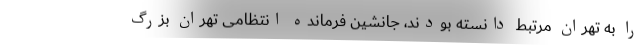
را به تهران مرتبط دانسته بودند، جانشین فرمانده انتظامی تهران بزرگ